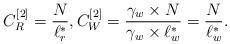
LaTeX: \begin{align*} C_R^{[2]}&=\frac{N}{\ell_r^*}, C_W^{[2]}=\frac{\gamma_w \times N}{\gamma_w \times \ell_w^*}=\frac{N}{\ell_w^*}.\end{align*}